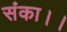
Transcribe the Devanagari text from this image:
संका।।